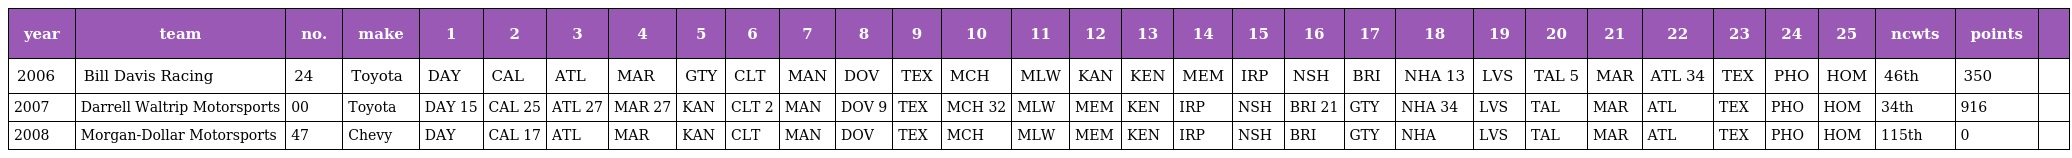
| year | team | no. | make | 1 | 2 | 3 | 4 | 5 | 6 | 7 | 8 | 9 | 10 | 11 | 12 | 13 | 14 | 15 | 16 | 17 | 18 | 19 | 20 | 21 | 22 | 23 | 24 | 25 | ncwts | points |  |
 | --- | --- | --- | --- | --- | --- | --- | --- | --- | --- | --- | --- | --- | --- | --- | --- | --- | --- | --- | --- | --- | --- | --- | --- | --- | --- | --- | --- | --- | --- | --- | --- |
 | 2006 | Bill Davis Racing | 24 | Toyota | DAY | CAL | ATL | MAR | GTY | CLT | MAN | DOV | TEX | MCH | MLW | KAN | KEN | MEM | IRP | NSH | BRI | NHA 13 | LVS | TAL 5 | MAR | ATL 34 | TEX | PHO | HOM | 46th | 350 |  |
 | 2007 | Darrell Waltrip Motorsports | 00 | Toyota | DAY 15 | CAL 25 | ATL 27 | MAR 27 | KAN | CLT 2 | MAN | DOV 9 | TEX | MCH 32 | MLW | MEM | KEN | IRP | NSH | BRI 21 | GTY | NHA 34 | LVS | TAL | MAR | ATL | TEX | PHO | HOM | 34th | 916 |  |
 | 2008 | Morgan-Dollar Motorsports | 47 | Chevy | DAY | CAL 17 | ATL | MAR | KAN | CLT | MAN | DOV | TEX | MCH | MLW | MEM | KEN | IRP | NSH | BRI | GTY | NHA | LVS | TAL | MAR | ATL | TEX | PHO | HOM | 115th | 0 |  |